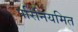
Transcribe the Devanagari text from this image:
परिनियमित